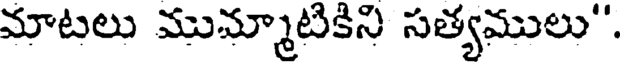
మాటలు ముమ్మాటికిని సత్యములు".